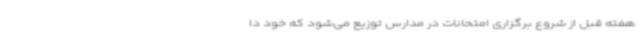
هفته قبل از شروع برگزاری امتحانات در مدارس توزیع می‌شود که خود دا